Problem: 81 ÷ 9 = ?
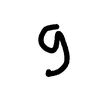
Handwritten answer: 9